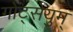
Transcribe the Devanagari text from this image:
गोट्सेयुम्